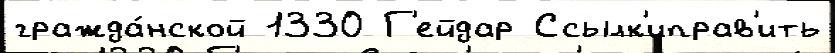
гражда́нской 1330 Г'ейдар Ссылк'иправ'ить